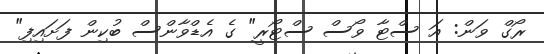
ރޯގް ވަން: އަ ސްޓާ ވޯސް ސްޓޯރީ" ގެ އެޑްވާންސް ބުކިން ފަށައިފި"